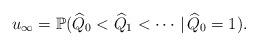
LaTeX: \begin{align*}u_\infty = \mathbb{P}( \widehat{Q}_0 < \widehat{Q}_1 < \cdots \,|\, \widehat{Q}_0 = 1 ).\end{align*}